Senior Leaving Certificate Examination (including Day School Certificate (Higher) General paper), 1946
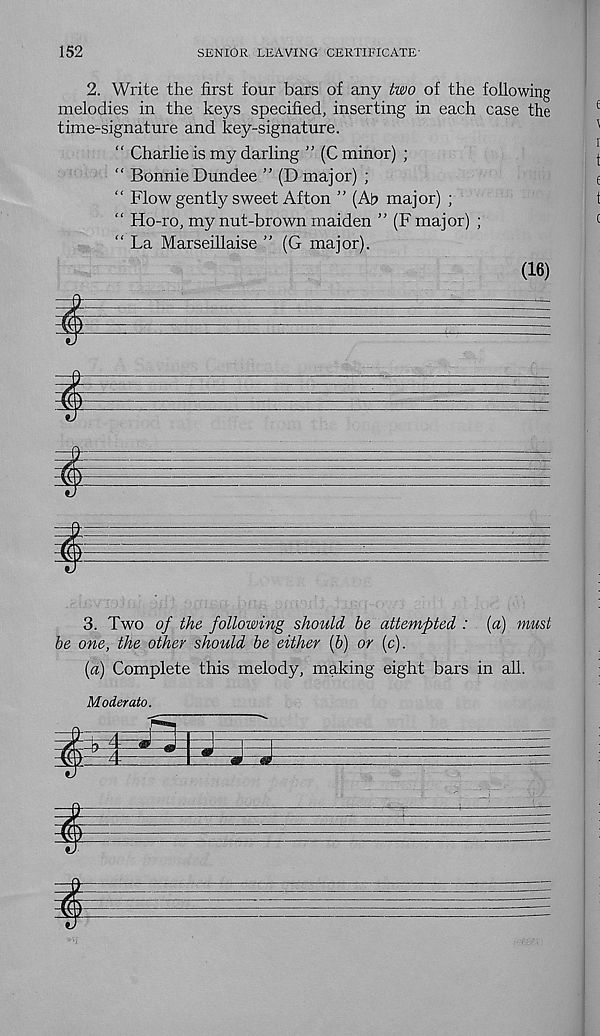
152
SENIOR LEAVING CERTIFICATE’
2. Write the first four bars of any two of the following
melodies in the keys specified, inserting in each case the
time-signature and key-signature.
“ Charlie is my darling ” (C minor) ;
“ Bonnie Dundee ” (D major) ;
“ Flow gently sweet Afton ” (Ah major) ;
“ Ho-ro, my nut-brown maiden ” (F major) ;
“ La Marseillaise ” (G major).
(16)
i
3. Two of the following should be attempted : {a) must
be one, the other should be either (b) or (c).
(a) Complete this melody, making eight bars in all.
Moderate.